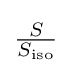
{\textstyle {S \over S_{\text{iso}}}}